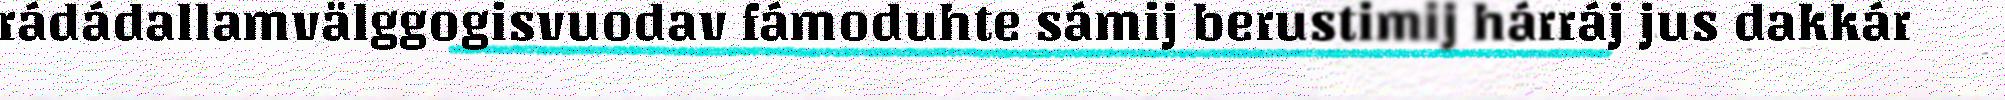
rádádallamvälggogisvuodav fámoduhte sámij berustimij hárráj jus dakkár